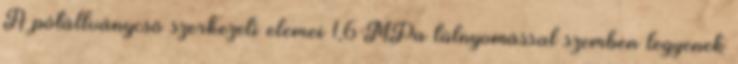
A pótállványcsõ szerkezeti elemei 1,6 MPa túlnyomással szemben legyenek